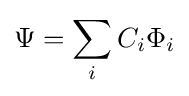
\Psi =\sum \limits _{i}C_{i}\Phi _{i}